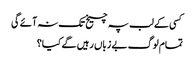
کسی کے لب پہ چیخ تک نہ آئے گی
تمام لوگ بے زباں رہیں گے کیا؟